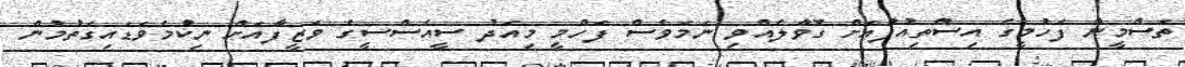
ތަސްމީން ފަހުމީގެ އިސްތިއުފާއަށް ގޮވާލެއްވި ނަމަވެސް ފަހްމީ މިއަދު ސީއެސްސީގެ ވަޒީފާއަށް ނިކުމެވަޑައިގަތުމުން